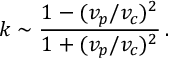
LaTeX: k \sim \frac { 1 - ( v _ { p } / v _ { c } ) ^ { 2 } } { 1 + ( v _ { p } / v _ { c } ) ^ { 2 } } \, .